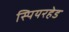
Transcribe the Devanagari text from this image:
स्पियरहेड